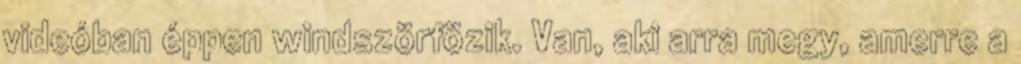
videóban éppen windszörfözik. Van, aki arra megy, amerre a